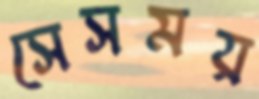
সেসময়